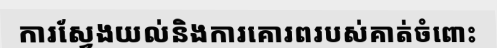
ការស្វែងយល់និងការគោរពរបស់គាត់ចំពោះ